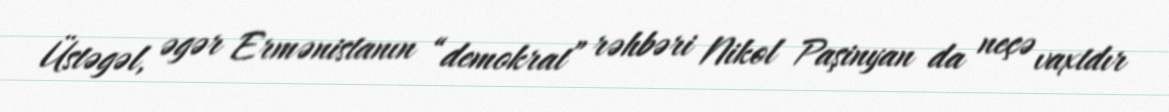
Üstəgəl, əgər Ermənistanın “demokrat” rəhbəri Nikol Paşinyan da neçə vaxtdır